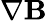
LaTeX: \nabla\textbf{B}